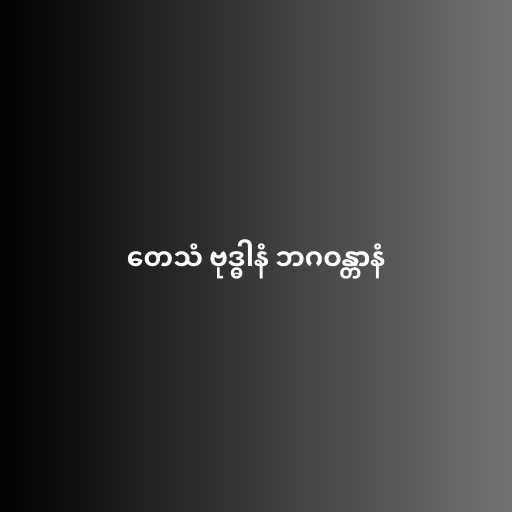
တေသံ ဗုဒ္ဓါနံ ဘဂဝန္တာနံ